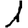
Digit: 1